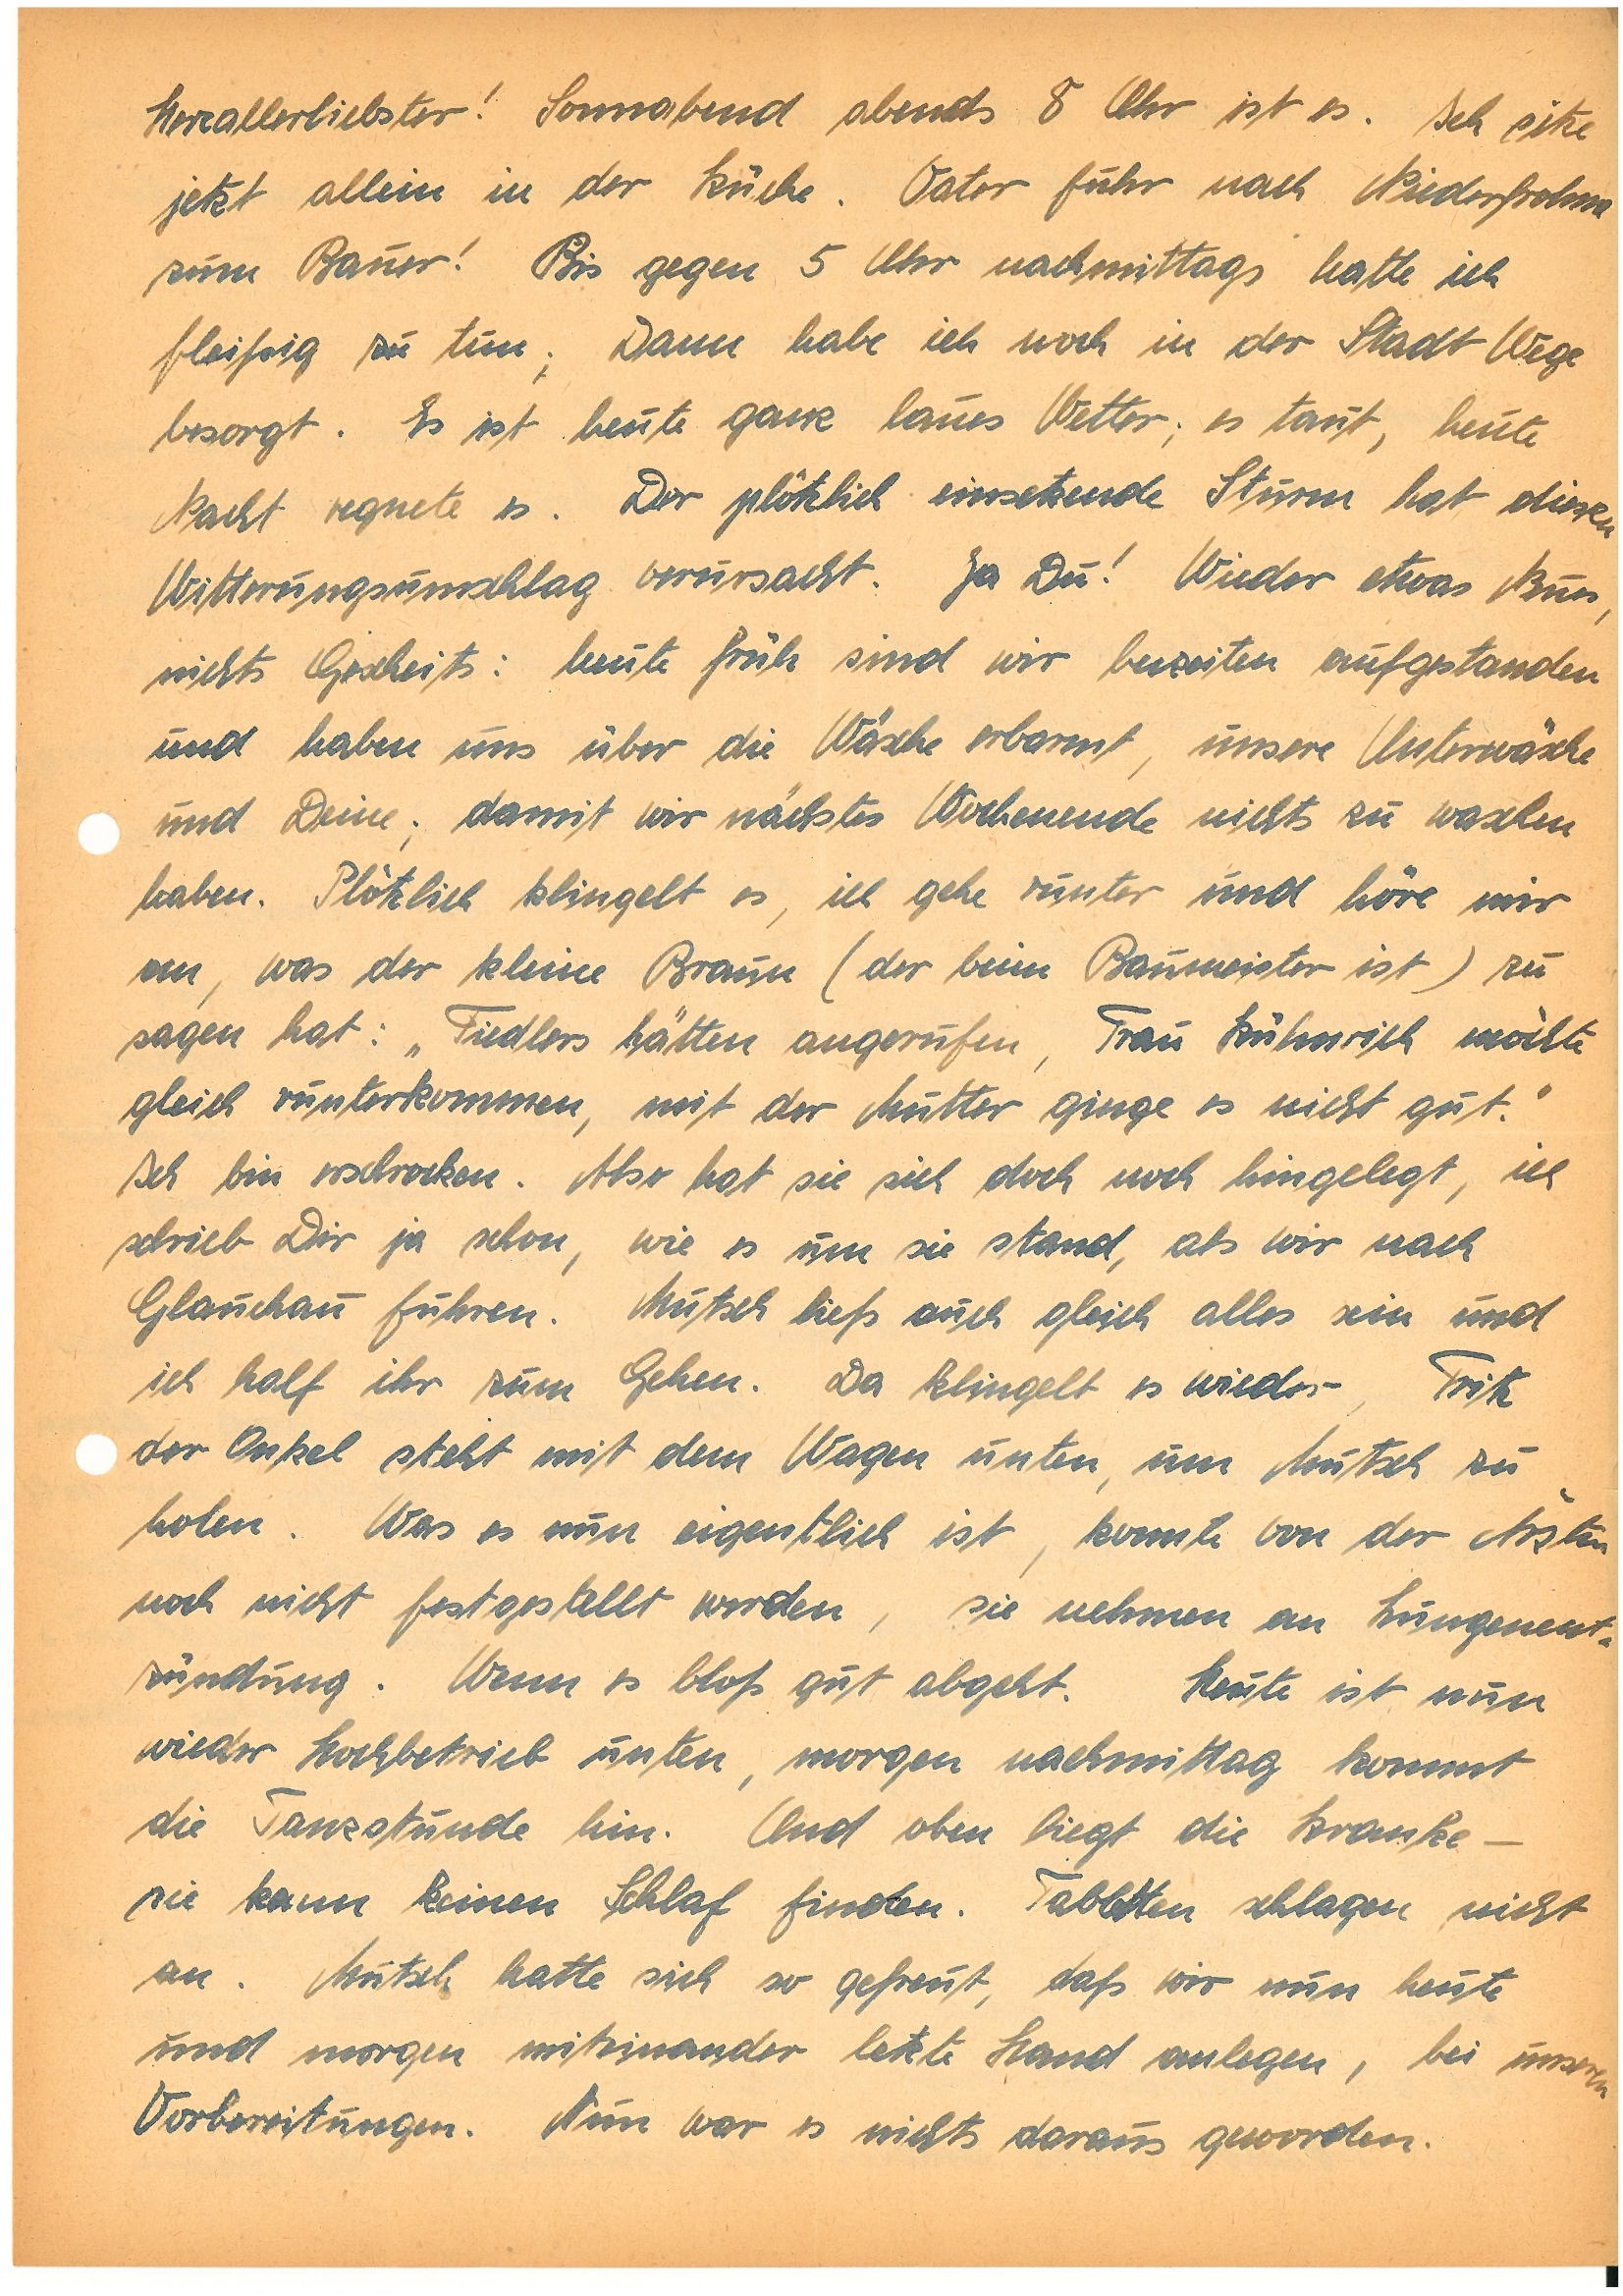
Herzallerliebster! Sonnabend abends 8 Uhr ist es. Ich sitze
jetzt allein in der Küche. Vater fuhr nach Niedertreten
zum Bauer! Bis gegen 5 Uhr nachmittags hatte ich
fleißig zu tun; Dann habe ich noch in der Stadt Wege
besorgt. Es ist heute ganz laues Wetter; es taut, heute
Nacht regnete es. Der plötzlich einsetzende Sturm hat diesen
Witterungsumschlag verursacht. Ja Du! Wieder etwas Neues,
nichts Gescheits: heute früh sind wir beizeiten aufgestanden
und haben uns über die Wäsche erbarmt, unsere Unterwäsche
und Deine; damit wir nächstes Wochenende nichts zu waschen
haben. Plötzlich klingelt es, ich gehe runter und höre mir
an, was der kleine B. (der beim Baumeister ist) zu
sagen hat: „F. hätten angerufen, Frau K. möchte
gleich runterkommen, mit der Mutter ginge es nicht gut.“
Ich bin erschrocken. Aber hat sie sich doch noch hingelegt, ich
schrieb Dir ja schon, wie es um sie stand, als wir nach
G. fuhren. Mutsch ließ auch gleich alles sein und
ich half ihr zum Gehen. Da klingelt es wieder – , F.
der Onkel steht mit dem Wagen unten, um Mutsch zu
holen. Was es nun eigentlich ist, konnte von der Ärztin
noch nicht festgestellt werden, sie nehmen an Lungenent¬
zündung. Wenn es bloß gut abgeht. Heute ist nun
wieder Hochbetrieb unten, morgen nachmittag kommt
die Tanzstunde hin. Und oben liegt die Kranke –
sie kann keinen Schlaf finden. Tabletten schlagen nicht
an. Mutsch hatte sich so gefreut, daß wir nun heute
und morgen miteinander letzte Hand anlegen, bei unseren
Vorbereitungen. Nun war es nichts daraus geworden.